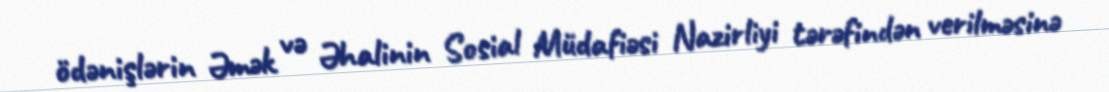
ödənişlərin Əmək və Əhalinin Sosial Müdafiəsi Nazirliyi tərəfindən verilməsinə